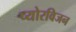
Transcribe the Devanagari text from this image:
प्योरविजन